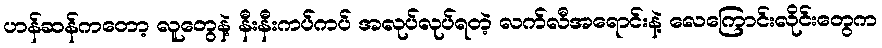
ဟန်ဆန်ကတော့ လူတွေနဲ့ နီးနီးကပ်ကပ် အလုပ်လုပ်ရတဲ့ လက်လီအရောင်းနဲ့ လေကြောင်းလိုင်းတွေက